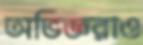
অভিজ্ঞরাও